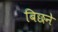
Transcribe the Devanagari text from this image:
बिछने